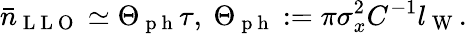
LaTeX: \bar{n}_{\mathrm{~L~L~O~}}\simeq\Theta_{\mathrm{~p~h~}}\tau,~\Theta_{\mathrm{~p~h~}}:=\pi\sigma_{x}^{2}C^{-1}l_{\mathrm{~W~}}.